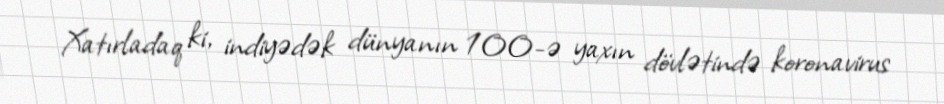
Xatırladaq ki, indiyədək dünyanın 100-ə yaxın dövlətində koronavirus